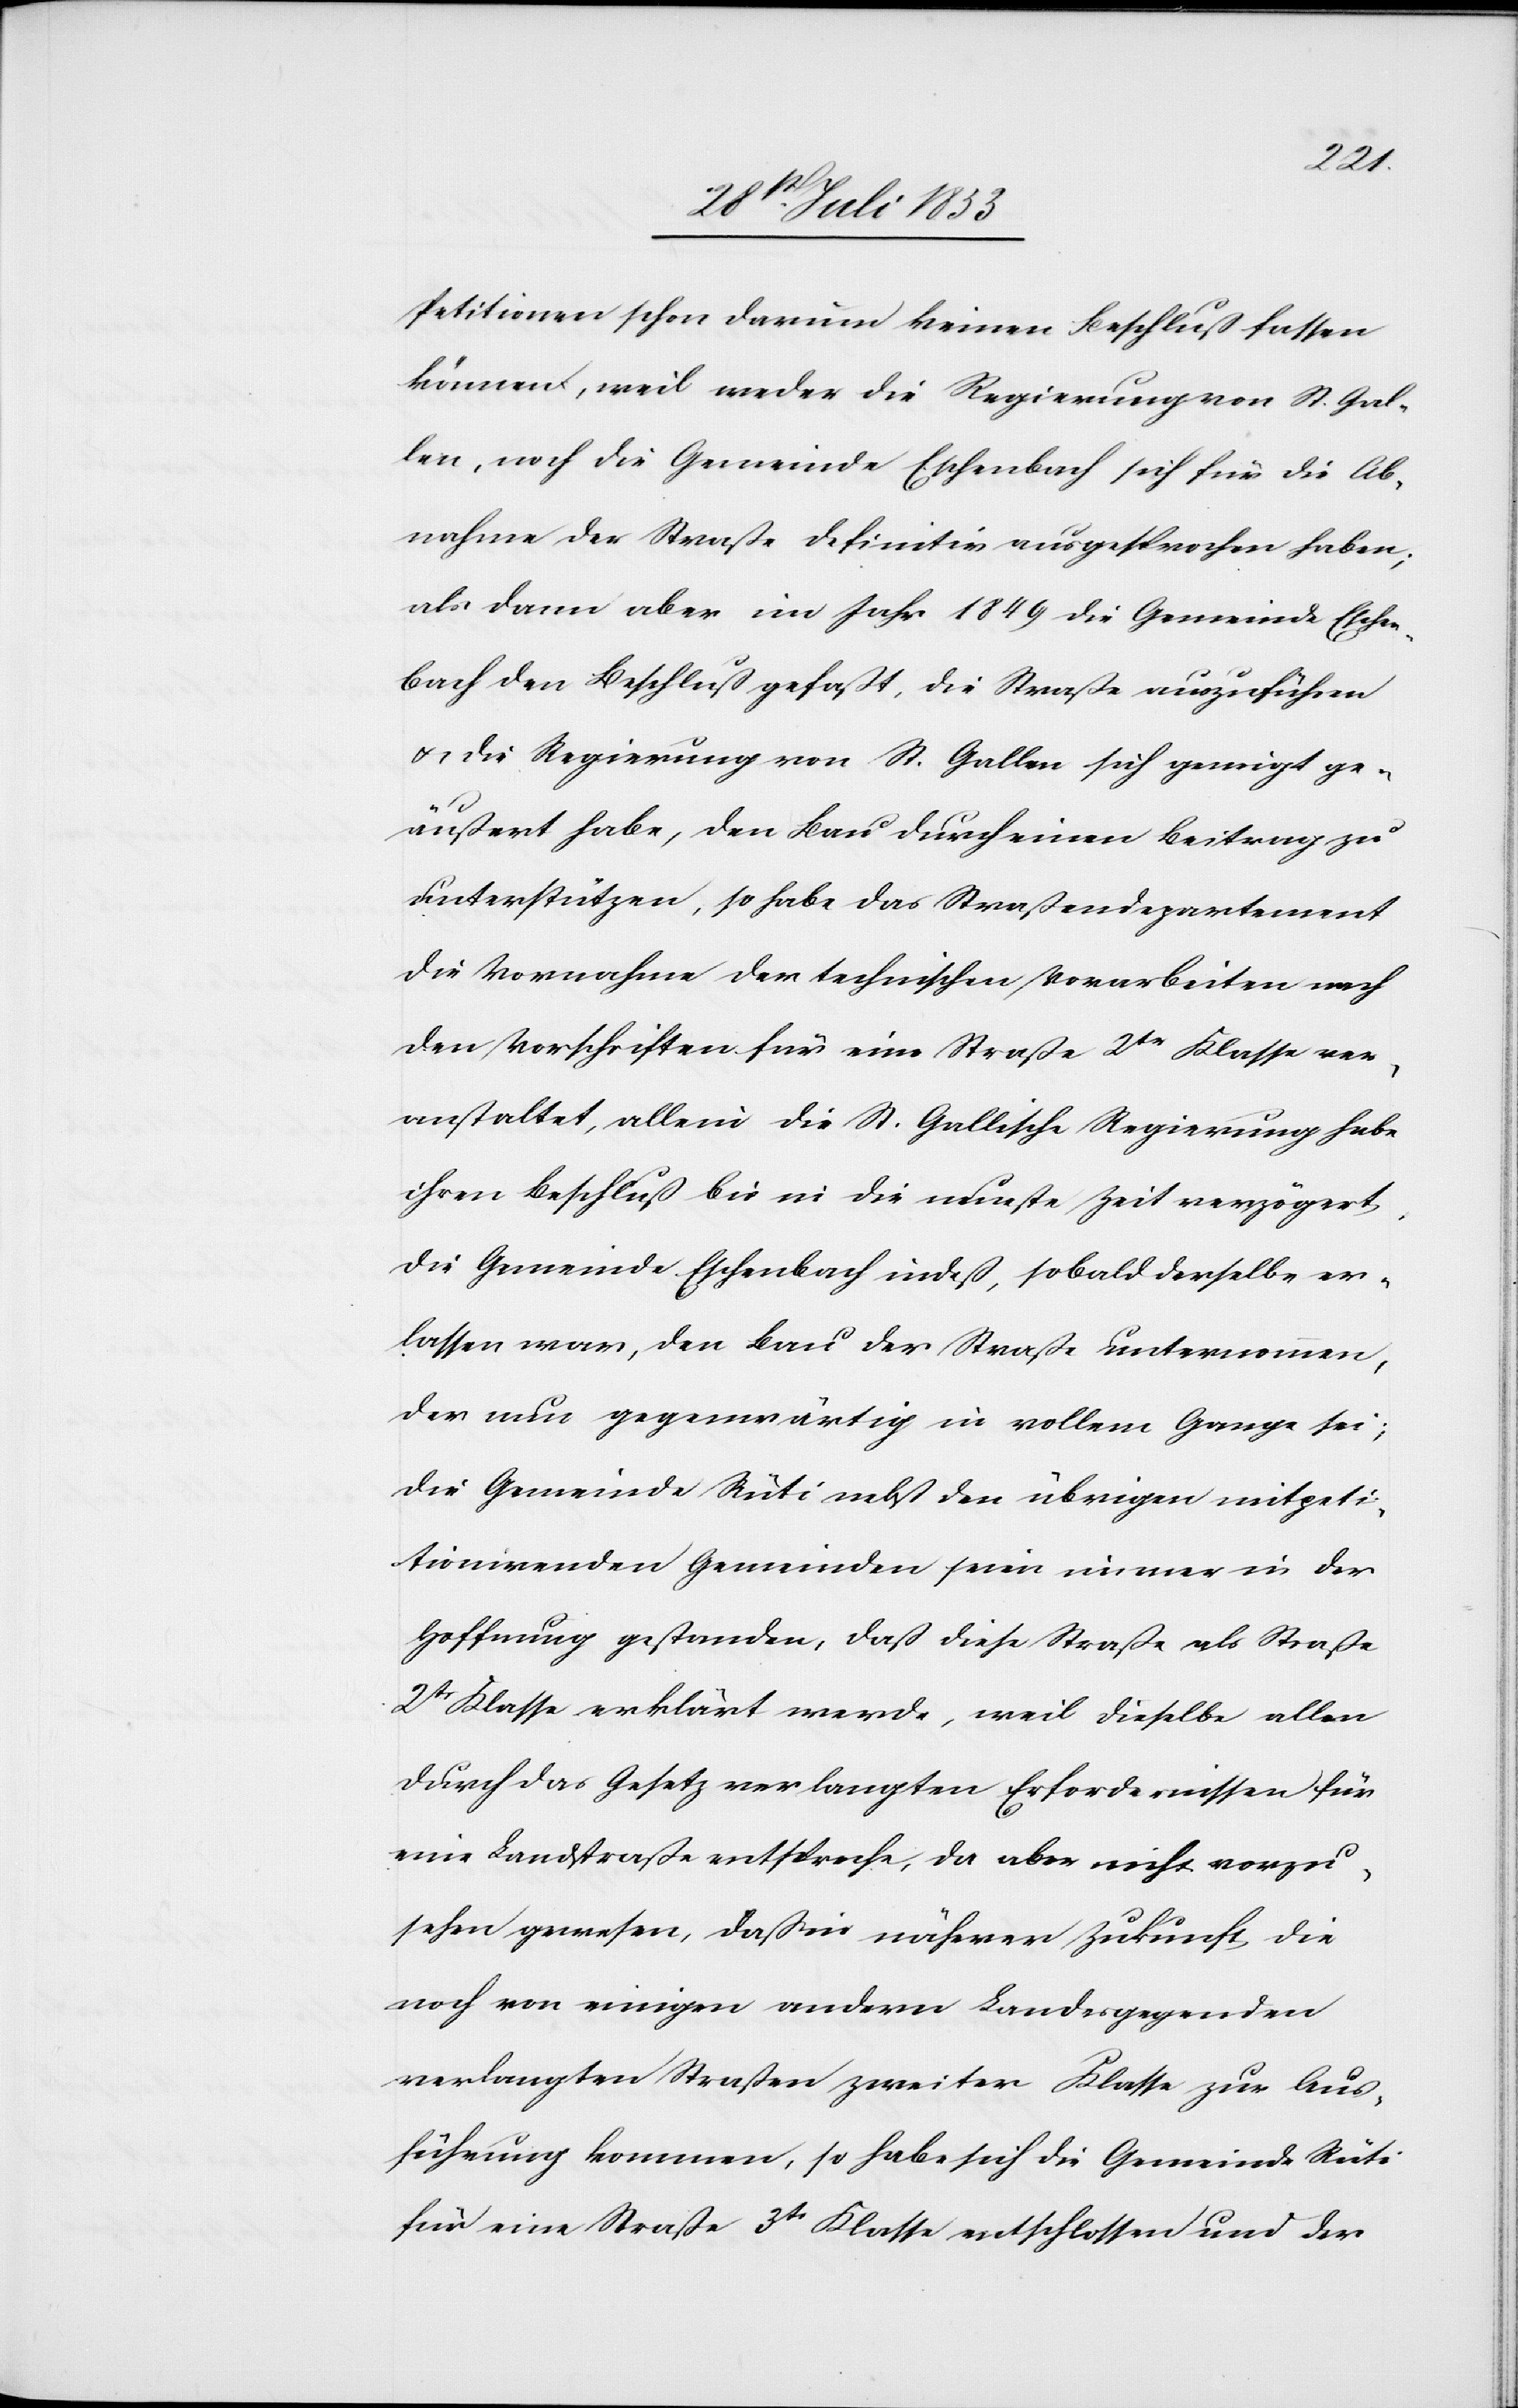
Petitionen schon darum keinen Beschluß fassen
können, weil weder die Regierung von St. Gal¬
len, noch die Gemeinde Eschenbach sich für die Ab¬
nahme der Straße definitiv ausgesprochen haben;
als dann aber im Jahr 1849 die Gemeinde Eschen¬
bach den Beschluß gefaßt, die Straße auszuführen
u. die Regierung von St. Gallen sich geneigt ge¬
äußert habe, den Bau durch einen Beitrag zu
unterstützen, so habe das Straßendepartement
die Vornahme der technischen Vorarbeiten nach
den Vorschriften für eine Straße 2tr Klasse ver¬
anstaltet, allein die St. Gallische Regierung habe
ihren Beschluß bis in die neueste Zeit verzögert,
die Gemeinde Eschenbach indeß, sobald derselbe er¬
lassen war, den Bau der Straße unternommen,
der nun gegenwärtig in vollem Gange sei;
die Gemeinde Rüti nebst den übrigen mitpeti¬
tionirenden Gemeinden seien immer in der
Hoffnung gestanden, daß diese Straße als Straße
2tr Klasse erklärt werde, weil dieselbe allen
durch das Gesetz verlangten Erfordernissen für
eine Landstraße entspreche, da aber nicht vorzu¬
sehen gewesen, daß in näherer Zukunft die
noch von einigen andern Landesgegenden
verlangten Straßen zweiter Klasse zur Aus¬
führung kommen, so habe sich die Gemeinde Rüti
für eine Straße 3tr Klasse entschlossen und der